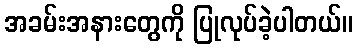
အခမ်းအနားတွေကို ပြုလုပ်ခဲ့ပါတယ်။